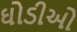
ઘોડીઓ